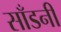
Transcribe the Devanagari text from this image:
साँडनी